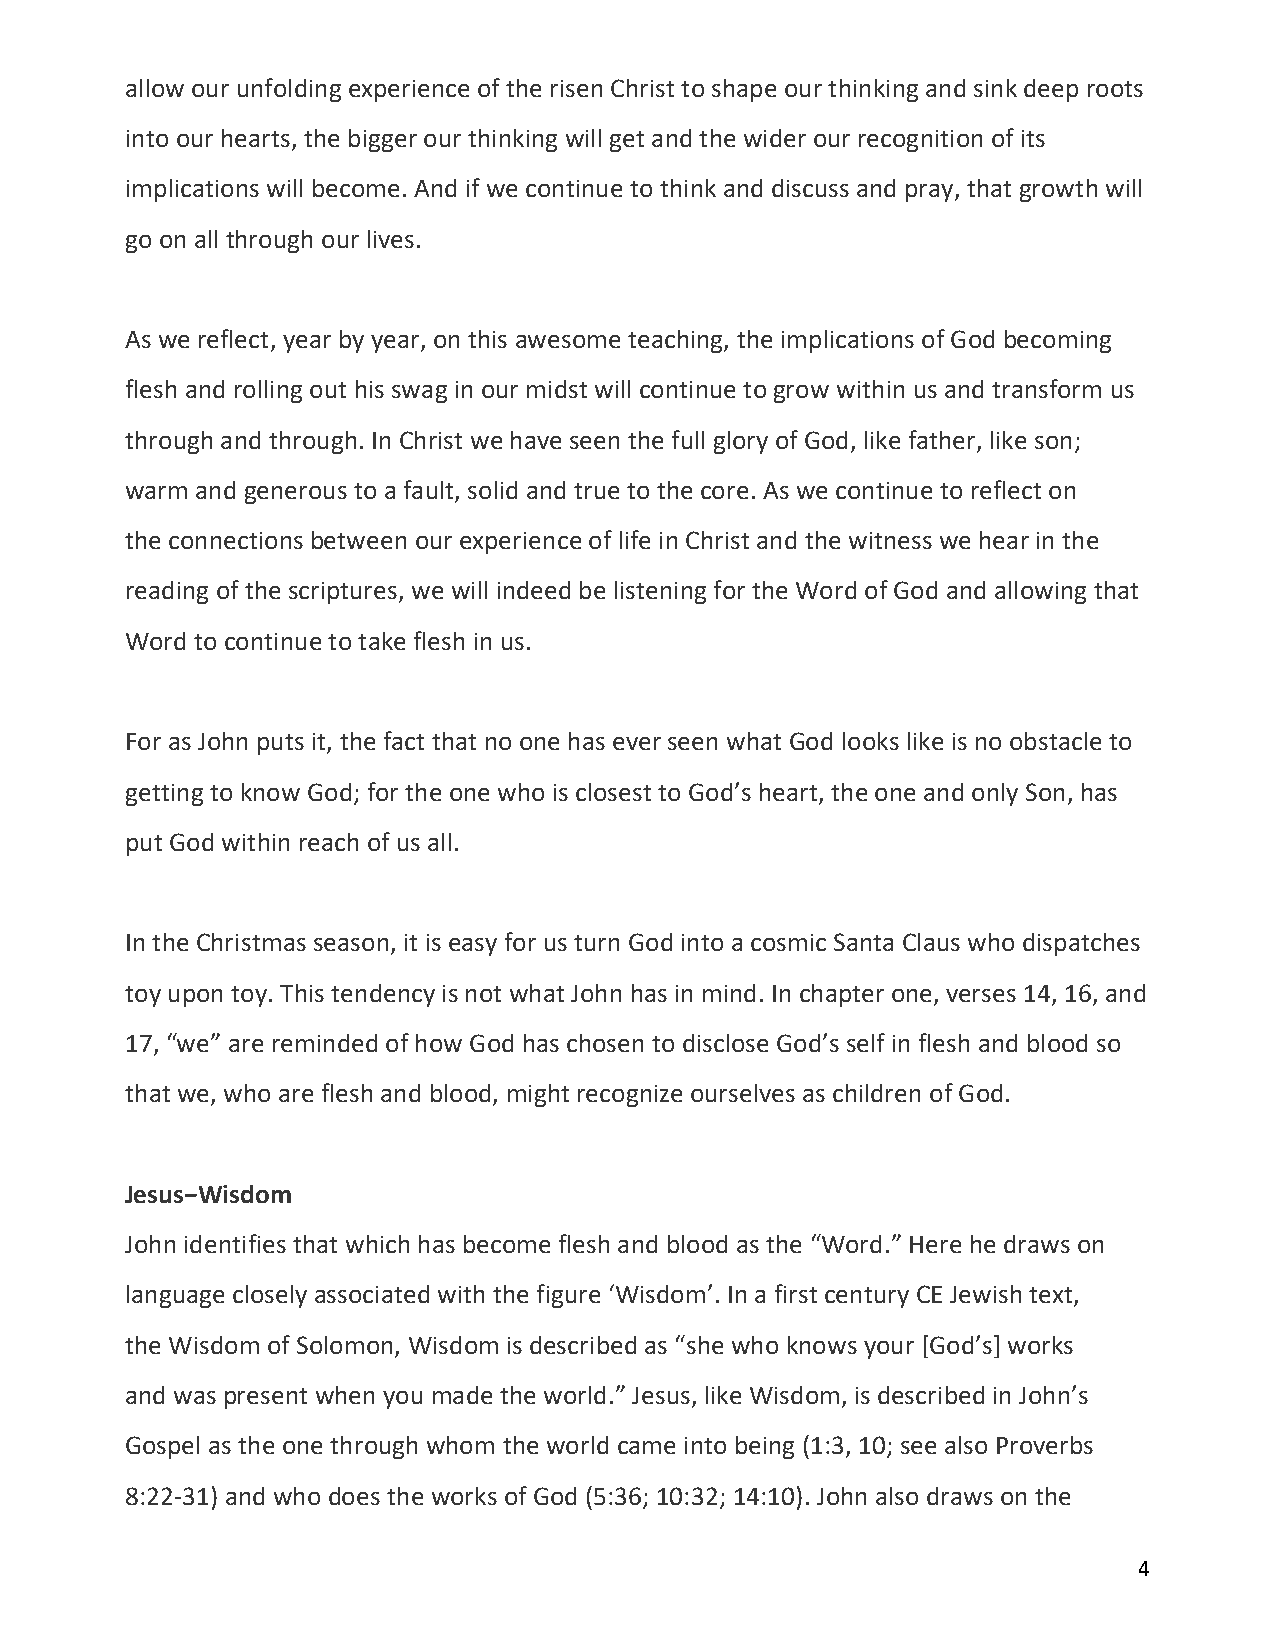
allow our unfolding experience of the risen Christ to shape our thinking and sink deep roots
 into our hearts, the bigger our thinking will get and the wider our recognition of its
 implications will become. And if we continue to think and discuss and pray, that growth will
 go on all through our lives.
 As we reflect, year by year, on this awesome teaching, the implications of God becoming
 flesh and rolling out his swag in our midst will continue to grow within us and transform us
 through and through. In Christ we have seen the full glory of God, like father, like son;
 warm and generous to a fault, solid and true to the core. As we continue to reflect on
 the connections between our experience of life in Christ and the witness we hear in the
 reading of the scriptures, we will indeed be listening for the Word of God and allowing that
 Word to continue to take flesh in us.
 For as John puts it, the fact that no one has ever seen what God looks like is no obstacle to
 getting to know God; for the one who is closest to God’s heart, the one and only Son, has
 put God within reach of us all.
 In the Christmas season, it is easy for us turn God into a cosmic Santa Claus who dispatches
 toy upon toy. This tendency is not what John has in mind. In chapter one, verses 14, 16, and
 17, “we” are reminded of how God has chosen to disclose God’s self in flesh and blood so
 that we, who are flesh and blood, might recognize ourselves as children of God.
 Jesus−Wisdom
 John identifies that which has become flesh and blood as the “Word.” Here he draws on
 language closely associated with the figure ‘Wisdom’. In a first century CE Jewish text,
 the Wisdom of Solomon, Wisdom is described as “she who knows your [God’s] works
 and was present when you made the world.” Jesus, like Wisdom, is described in John’s
 Gospel as the one through whom the world came into being (1:3, 10; see also Proverbs
 8:22‐31) and who does the works of God (5:36; 10:32; 14:10). John also draws on the
 4